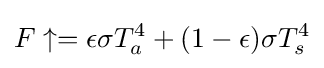
F\uparrow =\epsilon \sigma T_{a}^{4}+(1-\epsilon )\sigma T_{s}^{4}